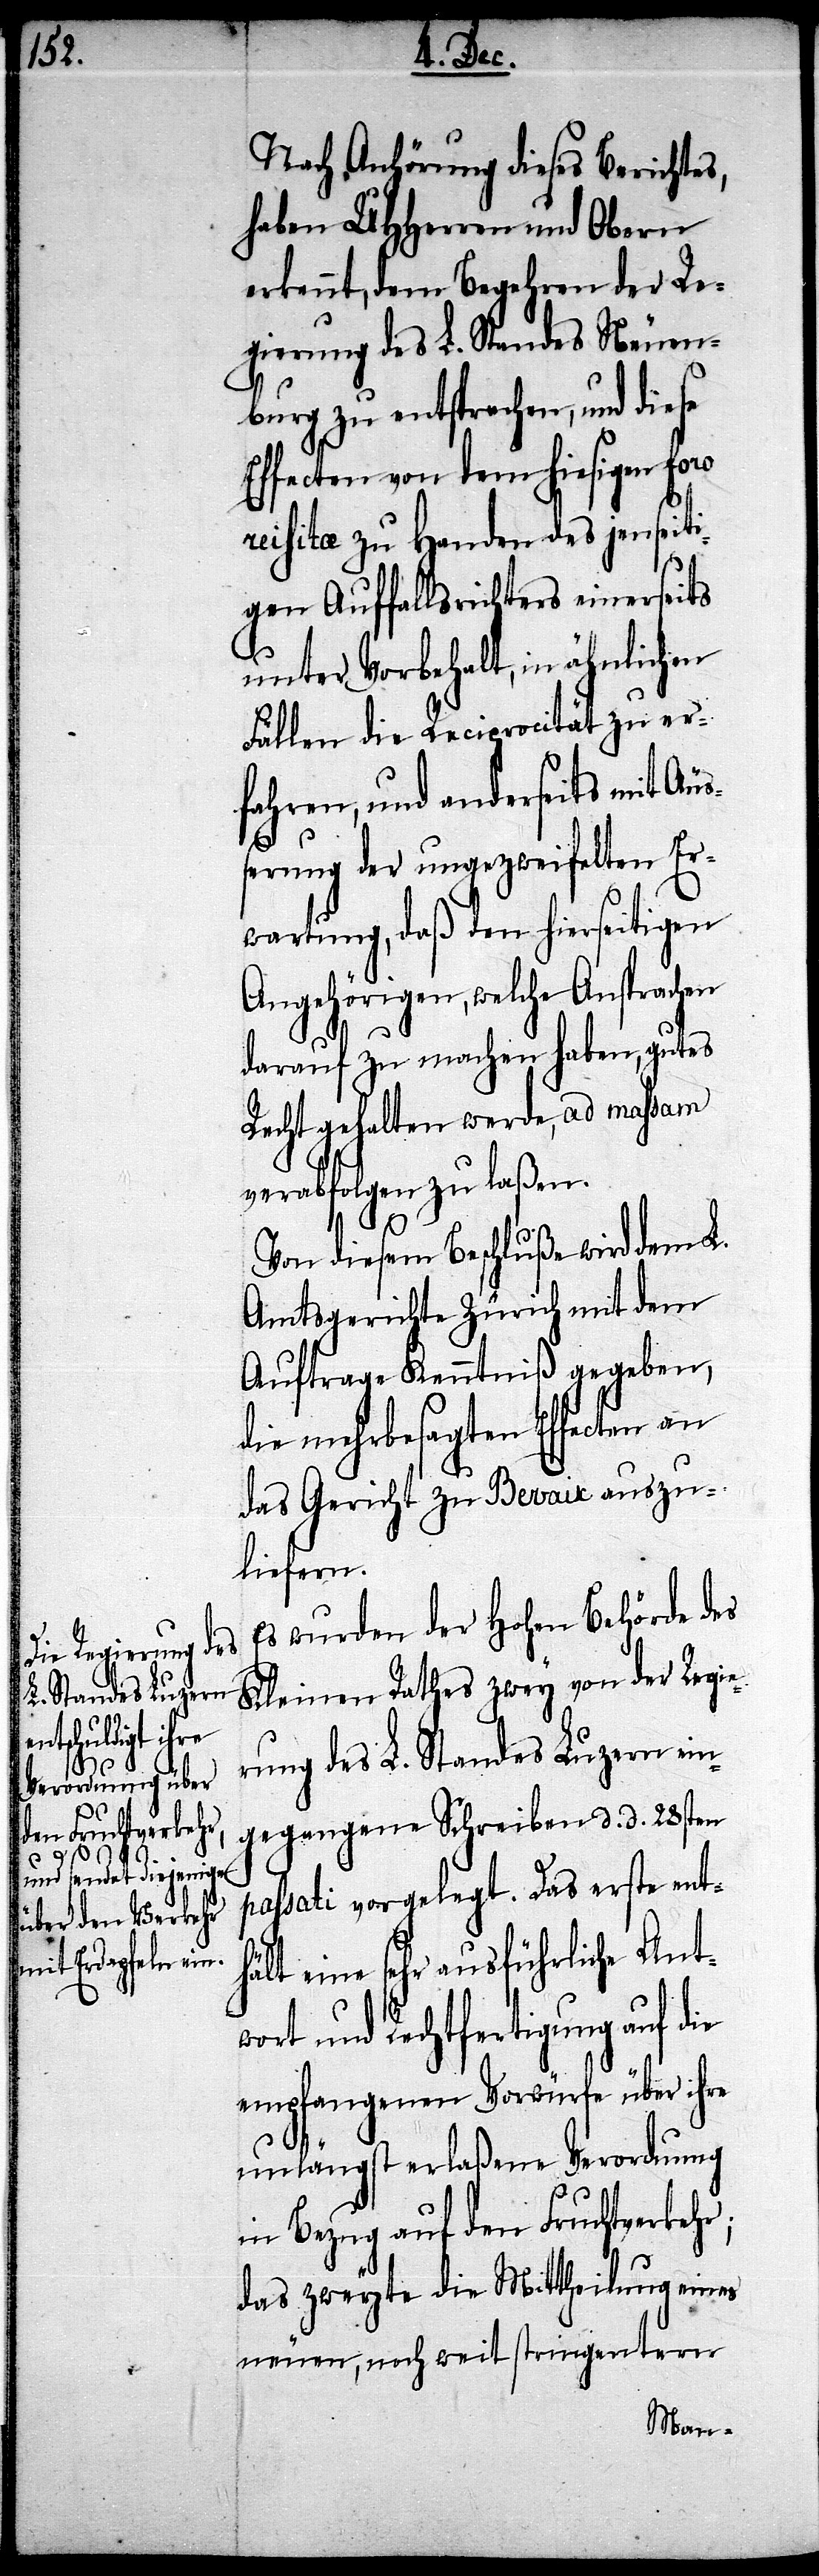
Nach Anhörung dieses Berichtes,
haben UHHerren und Obern
erkennt, dem Begehren der Re¬
gierung des L. Standes Neuen¬
burg zu entsprechen, und diese
Effecten von dem hiesigen foro
reisitæ zu Handen des jenseiti¬
gen Auffallsrichters einerseits
unter Vorbehalt, in ähnlichen
Fällen die Reciprocität zu er¬
fahren, und anderseits mit Äuß¬
erung der ungezweifelten Er¬
wartung, daß den hierseitigen
Angehörigen, welche Ansprachen
darauf zu machen haben, gutes
Recht gehalten werde, ad massam
verabfolgen zu laßen.
In diesem Beschluß wird dem L.
Amtsgerichte Zürich mit dem
Auftrage Kenntniß gegeben,
die mehrbesagten Effecten an
das Gericht zu Bevaix auszu¬
liefern.
Es wurden der Hohen Behörde des
Kleinen Rathes zwey von der Regie¬
rung des L. Standes Luzern ein¬
gegangene Schreiben d. d. 28sten
passati vorgelegt. Das erste enth¬
ält eine sehr ausführliche Ant¬
wort und Rechtfertigung auf die
empfangenen Vorwürfe über ihre
unlängst erlaßene Verordnung
in Bezug auf den Fruchtverkehr;
das zweyte die Mittheilung eines
neuen, noch weit stringentern